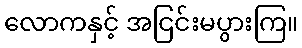
လောကနှင့် အငြင်းမပွားကြ။